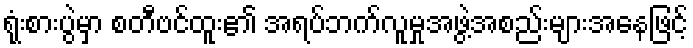
ရုံးစားပွဲမှာ စတီဗင်ထူး၏ အရပ်ဘက်လူမှုအဖွဲ့အစည်းများအနေဖြင့်